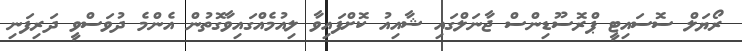
ރޯޔަލް ސޮސައިޓީ ޕްރޮސޫޑިންސް ޖާނަލްގައި ޝާއިއު ކޮށްފައިވާ ލިއުމެއްގައިވާގޮތުން އެންމެ ދުވަސްވީ ދަރިފަނި